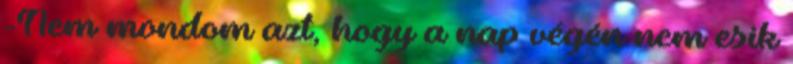
-Nem mondom azt, hogy a nap végén nem esik